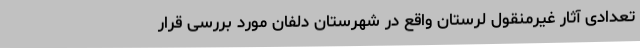
تعدادی آثار غیرمنقول لرستان واقع در شهرستان دلفان مورد بررسی قرار